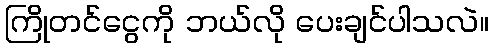
ကြိုတင်ငွေကို ဘယ်လို ပေးချင်ပါသလဲ။